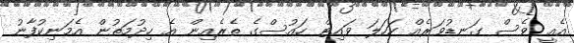
އެއީ ވެސް ގަނޑުވަރެއް ކަހަލަ ވައިޓް ހައުސްގެ ތެރެއިން އެ ހިދުމަތުން އެމަނިކުފާނު